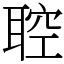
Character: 聜